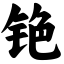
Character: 铯